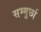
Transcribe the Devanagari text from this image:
सम्मुर्छा